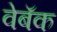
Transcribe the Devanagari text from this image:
वेबॅक